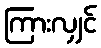
ကြားလျှင်